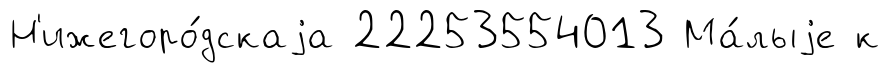
Н'ижегоро́дскаjа 22253554013 Ма́лыjе к